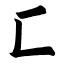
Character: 匚